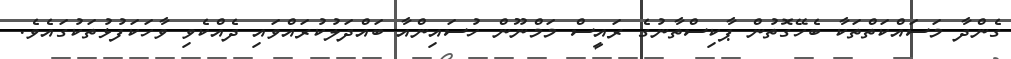
ގެންދާ މަސައްކަތްތަކާ ބެހޭގޮތުން ޕާކިސްތާނުގެ ރައީސް މަމްނޫން ހުސައިންއާ ބައްދަލުކުރައްވައި ދެއްކެވި ވާހަކަފުޅުތަކުގައެވެ.